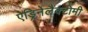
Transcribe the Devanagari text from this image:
ऐड्रिनेलैक्टोमी